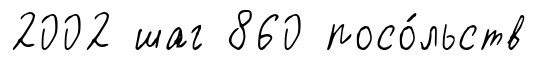
2002 шаг 860 посо́льств